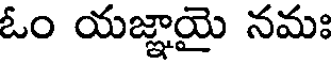
ఓం యజ్ఞాయై నమః